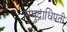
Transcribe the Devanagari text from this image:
समुद्राधिपती